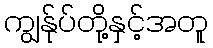
ကျွန်ုပ်တို့နှင့်အတူ